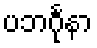
ပဘင်္ဂုနာ